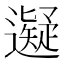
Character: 𬩜